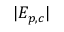
| E _ { p , c } |